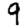
Digit: 9